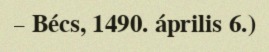
– Bécs, 1490. április 6.)